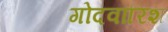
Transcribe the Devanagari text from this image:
गोदवारिश